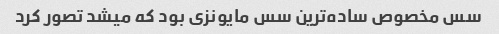
سس مخصوص ساده‌ترین سس مایونزی بود که میشد تصور کرد